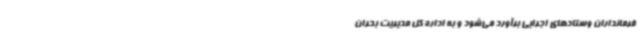
فرمانداران وستادهای اجرایی برآورد می‌شود و به اداره کل مدیریت بحران